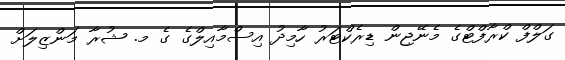
ގަލްފް ކްރާފްޓްގެ މެނޭޖިން ޑިރެކްޓަރު ހާމިދު އިސްމާއިލްގެ ގެ މ. ޝުރާ މަންޒިލަށް